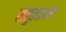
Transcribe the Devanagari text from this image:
संतुरवादन